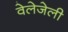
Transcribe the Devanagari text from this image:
वेलेजेली